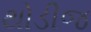
થોડીજ